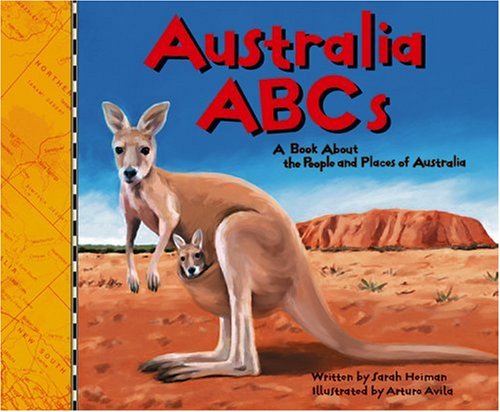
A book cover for Australia ABCs: A Book About the People and Places of Australia (Country ABCs); Sarah Heiman; Children's Books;